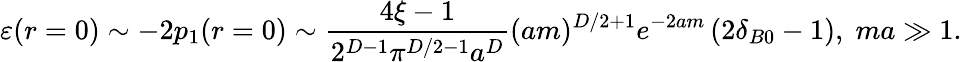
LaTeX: \varepsilon(r=0)\sim-2p_{1}(r=0)\sim\frac{4\xi-1}{2^{D-1}\pi^{D/2-1}a^{D}}(am)^{D/2+1}e^{-2am}\left(2\delta_{B0}-1\right),\; ma\gg 1.